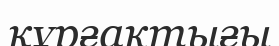
кұрғақтығы